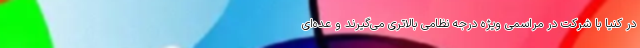
در کنیا با شرکت در مراسمی ویژه درجه نظامی بالاتری می‌گیرند و عده‌ای